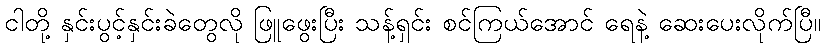
ငါတို့ နှင်းပွင့်နှင်းခဲတွေလို ဖြူဖွေးပြီး သန့်ရှင်း စင်ကြယ်အောင် ရေနဲ့ ဆေးပေးလိုက်ပြီ။